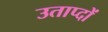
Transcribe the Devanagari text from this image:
उताप्दों